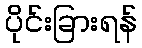
ပိုင်းခြားရန်